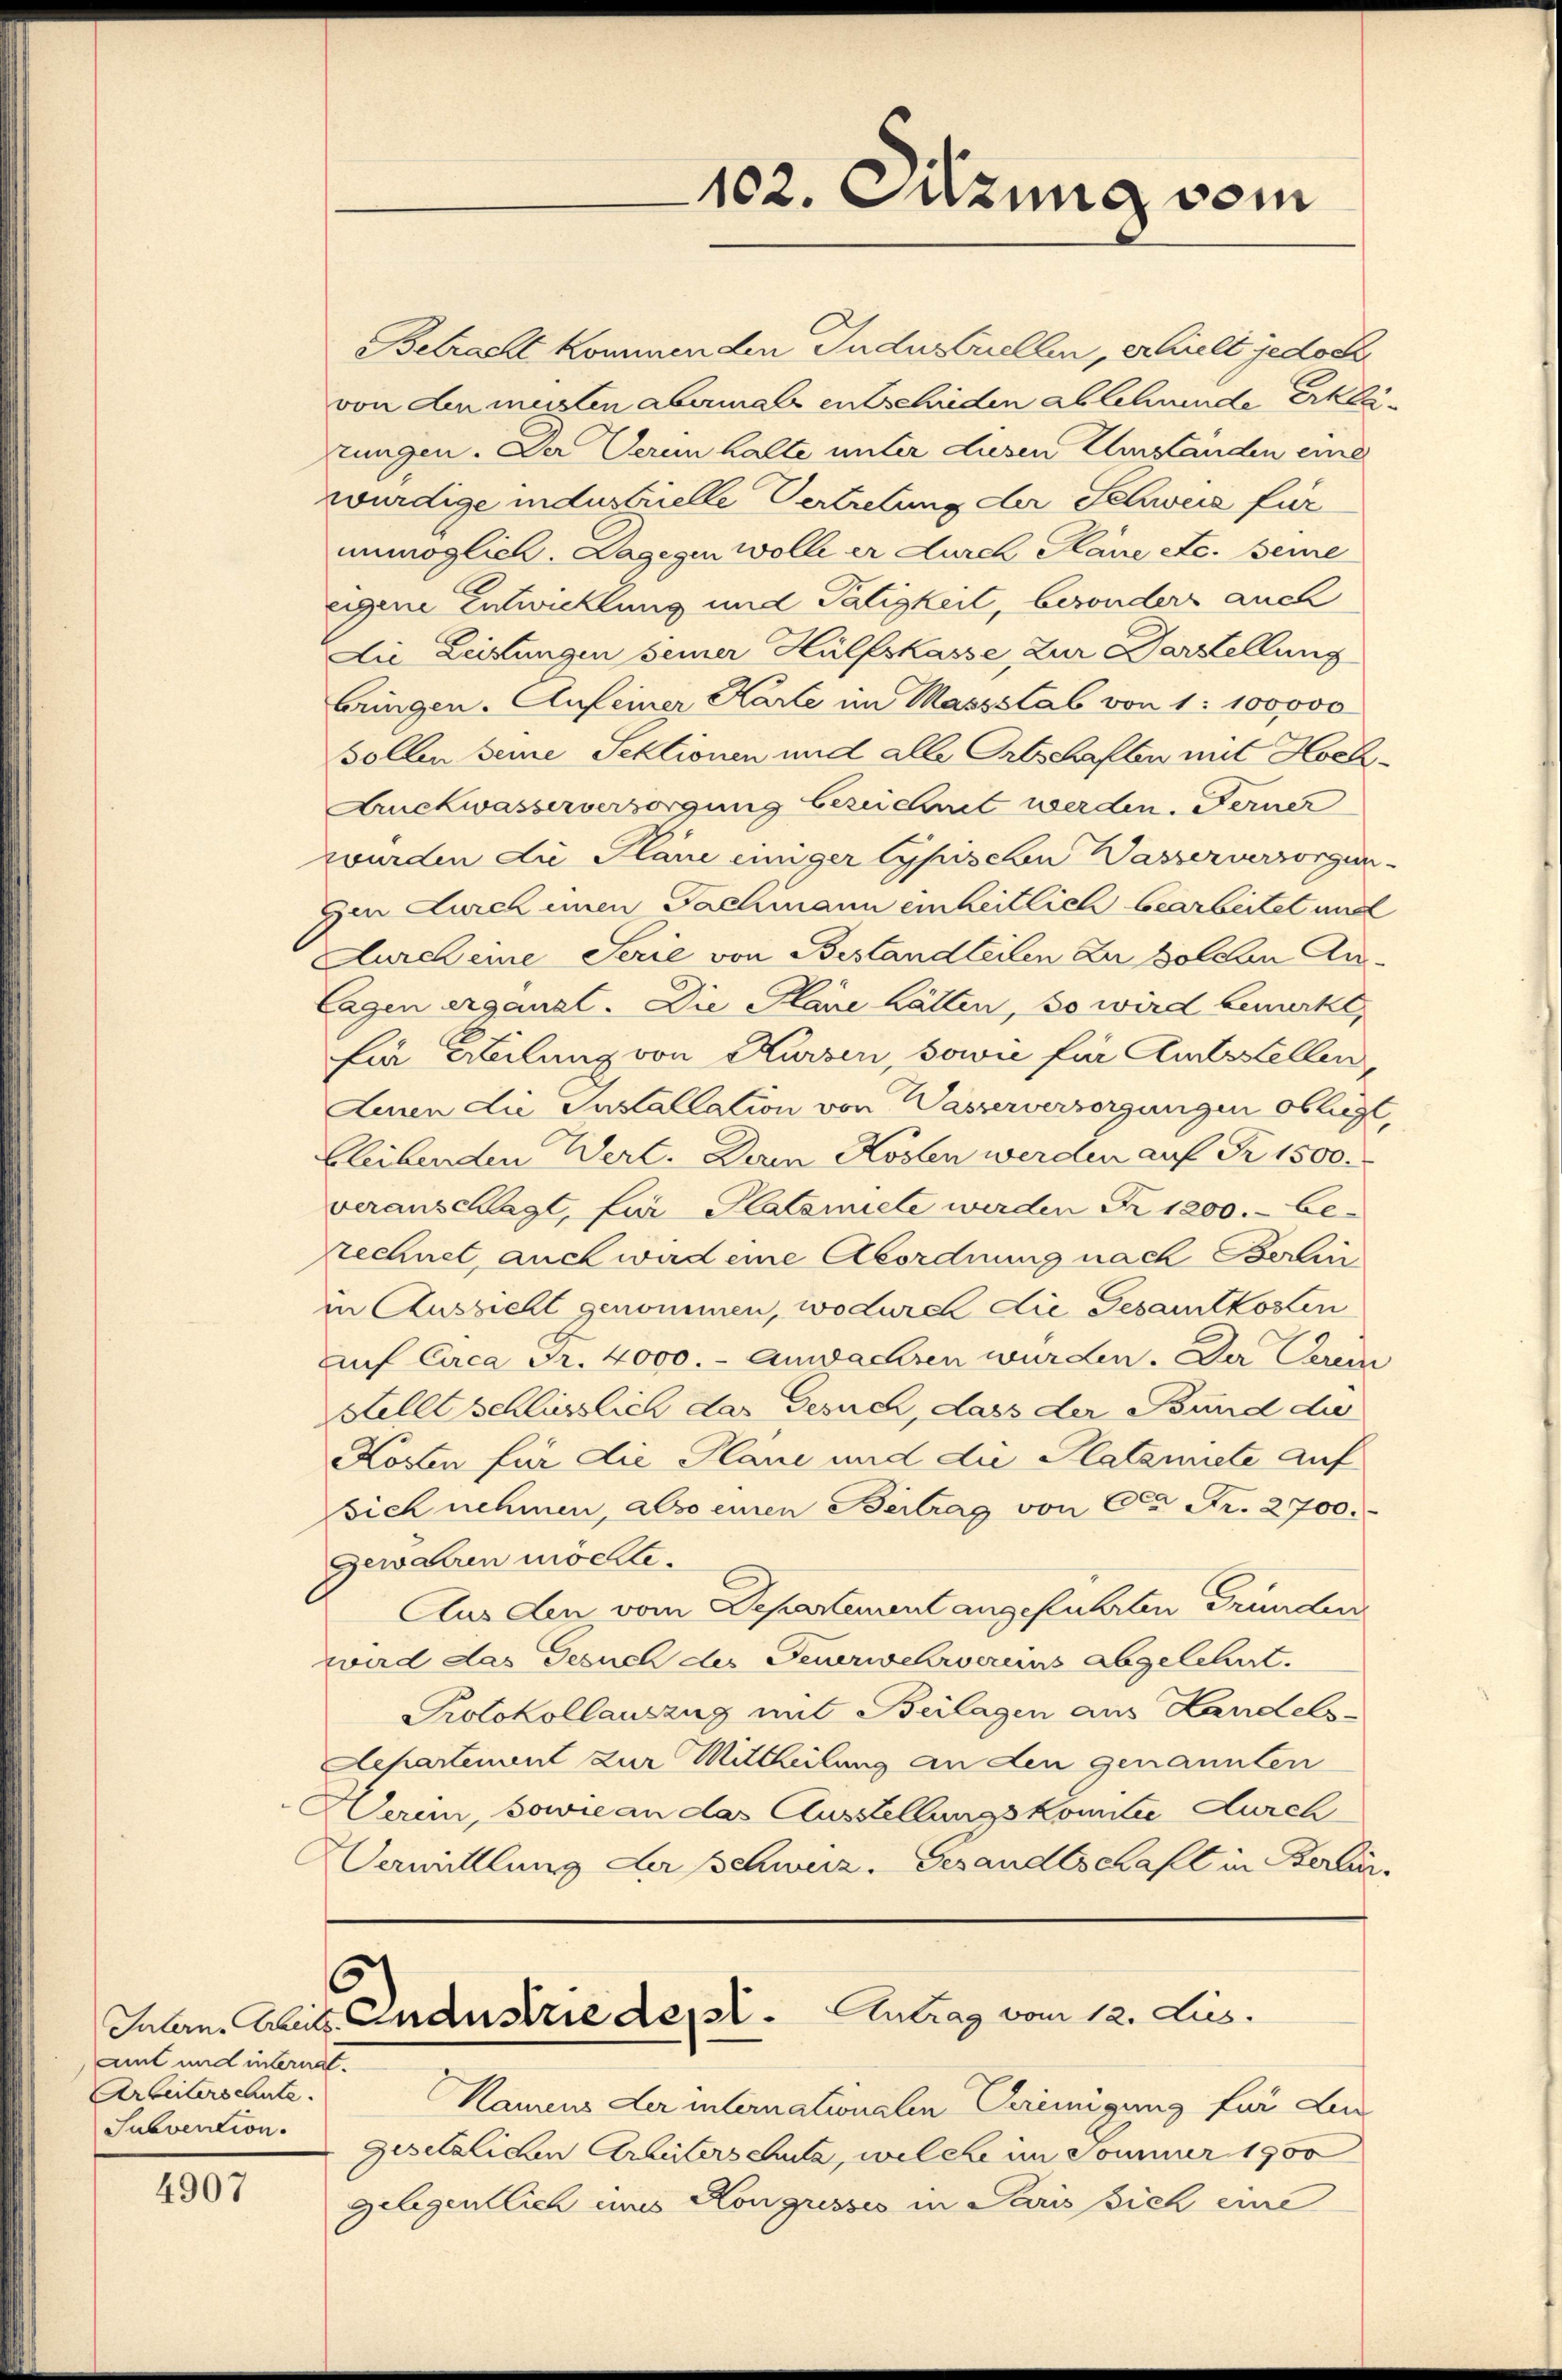
ait und internat.
Arbeiterschute.
Subvention.

4907

Betracht kommenden Indusuellen, erhielt jedoch
von den müsten abermals entschieden ablehnende Erklätungen. Der Veren halte unter diesen Umstanden eine
würdige industrielle Vertretung der Schweiz für
unmöglich. Dagegen wolle er durch Plane etc. seine
eigene Entwicklung und Tätigkeit, besonders auch
Die Leistungen seiner Hülfskasse, Zur Darstellung
bringen. Aufeiner Karte im Massstab von 1: 100000
sollen seine Sektionen und alle Ortschaften mit Hoch¬
Auckwasserversorgung bezeichnet werden. Ferner
wurden die Pläne einiger typischen Wasserversorgen-
Im Durch einen Fachmann einheitlich bearbeitet und
Aurch eine Serie von Bestandteilen zu Golden An¬
Cagen ergänzt. Die Plane hätten, so wird bemerkt,
Ein Abilanz von Kurzen, sowie für Amtsstellen
Linnen die Installation von Wasserversorgungen obliegt,
bleibenden Wert. Dein Kosten werden auf Fr. 1500.
veranschlagt, für Plateriete werden Fr. 1200.- be-
rechnet, auch wird eine Abordnung nach Bedinin Aussicht genommen, wodurch die Gesamtkosten
af Cica Fr. 4000.- anwachsen wurden. Der Verein
Stellt schlüsslich das Gesuch, dass der Bund die
Kosten für die Plane und die Platannete auf
sich nehmen, also einen Beitrag von C. Fr. 2700.
Gewahren möchte.
Aus den vom Departement angeführten Gründen
zard das Gesuch des Feuerwehrerens abgelehnt.
Protokollauszug mit Beilagen aus Landels-
Departenant zur Mittheilung an den genannten
Dann, sowie an das Ausstellungskomitee durch
Uermittlung Lasschweiz. Gesandtschaft in Berlin¬

Namens der internationalen Vereinigung für Lin
Gesetzlichen Arhüterschuta, welche im Sommer 1900
gelegentlich eines Kongusses in Paris sich eine

102. Sitzung vom

5
Inlern. Guts Industrie des Antrag vom 12. Jus